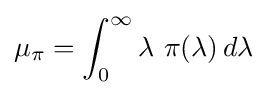
\mu _{\pi }=\int _{0}^{\infty }\lambda \,\,\pi (\lambda )\,d\lambda